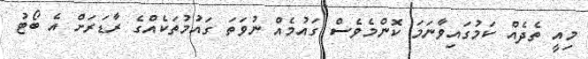
މިއީ ތެދެއް ކަމުގައިވާނަމަ ކޮންމެވެސް ގައުމެއް ނުވަތަ ގައުމުތަކެއްގެ ރާޑަރަށް އެ ބޯޓު